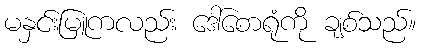
မနှင်းမြူကလည်း ဒေါ်စောရုံကို ချစ်သည်။